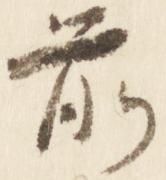
前